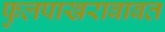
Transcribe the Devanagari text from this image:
फुलपाखराबाबत